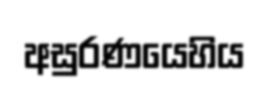
අසුරණයෙහිය